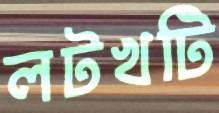
লটখটি